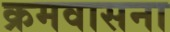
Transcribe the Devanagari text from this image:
क्रमवासना